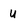
Character: u